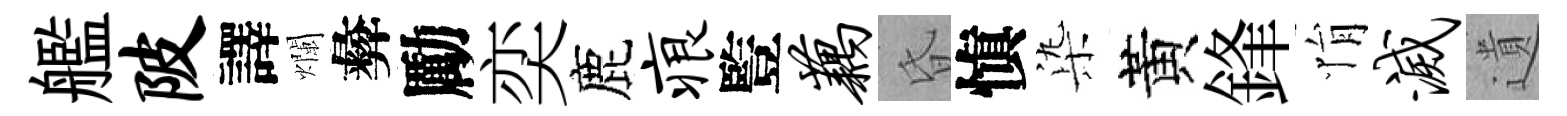
艦陂譯爛彜勵奕鹿痕䜿藕昏愼𣑱黃鋒悁灭遺